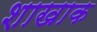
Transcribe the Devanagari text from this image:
शाखाक